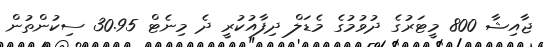
ޖާއިޝާ 800 މީޓަރުގެ ދުވުމުގެ މެޑަލް ދިފާއުކުރީ ދެ މިނެޓް 30.95 ސިކުންތުން